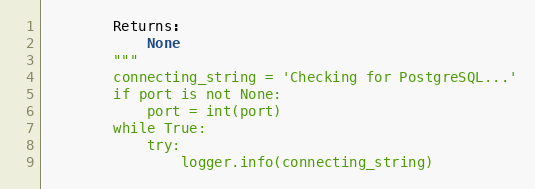
Language: Python
        Returns:
            None
        """
        connecting_string = 'Checking for PostgreSQL...'
        if port is not None:
            port = int(port)
        while True:
            try:
                logger.info(connecting_string)